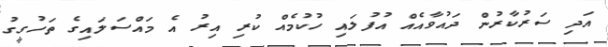
އަދި ސަރުކާރުން ދައުވާއެއް އުފުލައި ހުކުމެއް ކުރި އިރު އެ މައްސަލައިގެ ތަހުގީގު